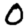
Digit: 0